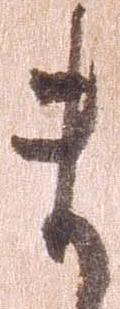
ま